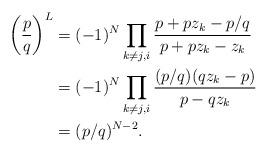
LaTeX: \begin{align*}\left(\frac{p}{q} \right)^{L}&= (-1)^{N} \prod_{k \neq j ,i} \frac{p + p z_k - p/q}{p +p z_k - z_k} \\&= (-1)^{N} \prod_{k \neq j ,i } \frac{ (p/q) (q z_k - p)}{p - q z_k}\\&= (p/q)^{N-2}.\end{align*}